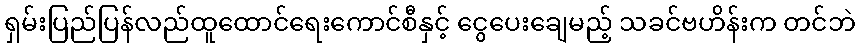
ရှမ်းပြည်ပြန်လည်ထူထောင်ရေးကောင်စီနှင့် ငွေပေးချေမည့် သခင်ဗဟိန်းက တင်ဘဲ